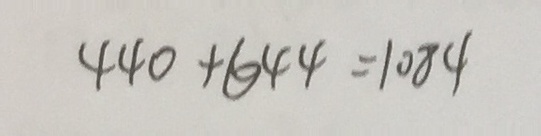
4 4 0 + 6 4 4 = 1 0 8 4